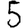
Digit: 5